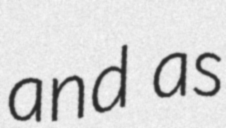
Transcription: and as